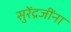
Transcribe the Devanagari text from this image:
सुरेंद्रजींना